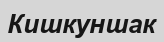
Кишкуншак